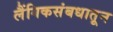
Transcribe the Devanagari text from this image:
लैंगिकसंबधातून